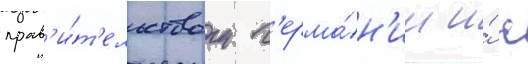
прав'и́т'ельством г'ерма́н'ии и́ с